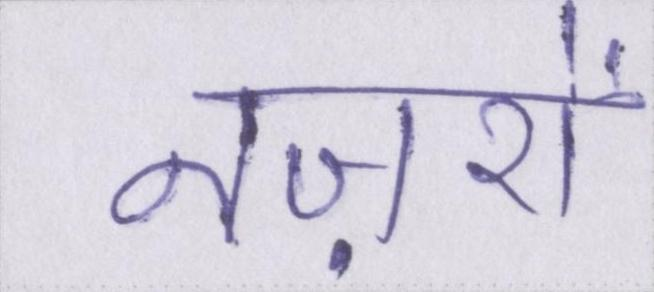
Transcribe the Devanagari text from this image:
नज़रों